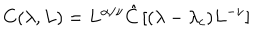
C ( \lambda , L ) = L ^ { \alpha / \nu } \hat { C } \left[ { ( \lambda - \lambda _ { c } ) L ^ { - \nu } } \right]